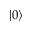
\left| 0 \right>